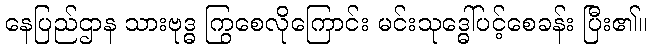
နေပြည်ဌာန သားဗုဒ္ဓ ကြွစေလိုကြောင်း မင်းသုဒ္ဓေါ်ပင့်စေခန်း ပြီး၏။